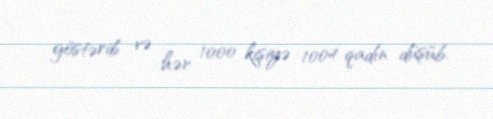
göstərib və hər 1000 kişiyə 1004 qadın düşüb.